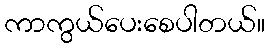
ကာကွယ်ပေးစေပါတယ်။